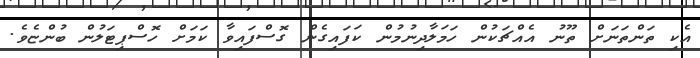
އެކި ތަންތަނަށް ތޫނު އެއްޗަކުން ހަމަލާދިނުމުން ކަފައިގެން ގޮސްފައިވާ ކަމަށް ހޮސްޕިޓަލުން ބުންޏެވެ.